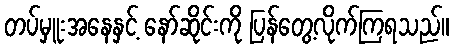
တပ်မှူးအနေနှင့် နော်ဆိုင်းကို ပြန်တွေ့လိုက်ကြရသည်။